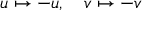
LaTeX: u \mapsto - u , \quad v \mapsto - v